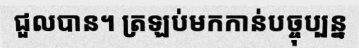
ជួលបាន។ ត្រឡប់មកកាន់បច្ចុប្បន្ន